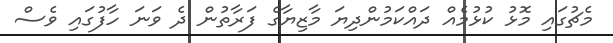
މެޗުގައި މޮޅު ކުޅުމެއް ދައްކަމުންދިޔަ މާޒިޔާގެ ފަރާތުން ދެ ވަނަ ހާފުގައި ވެސް